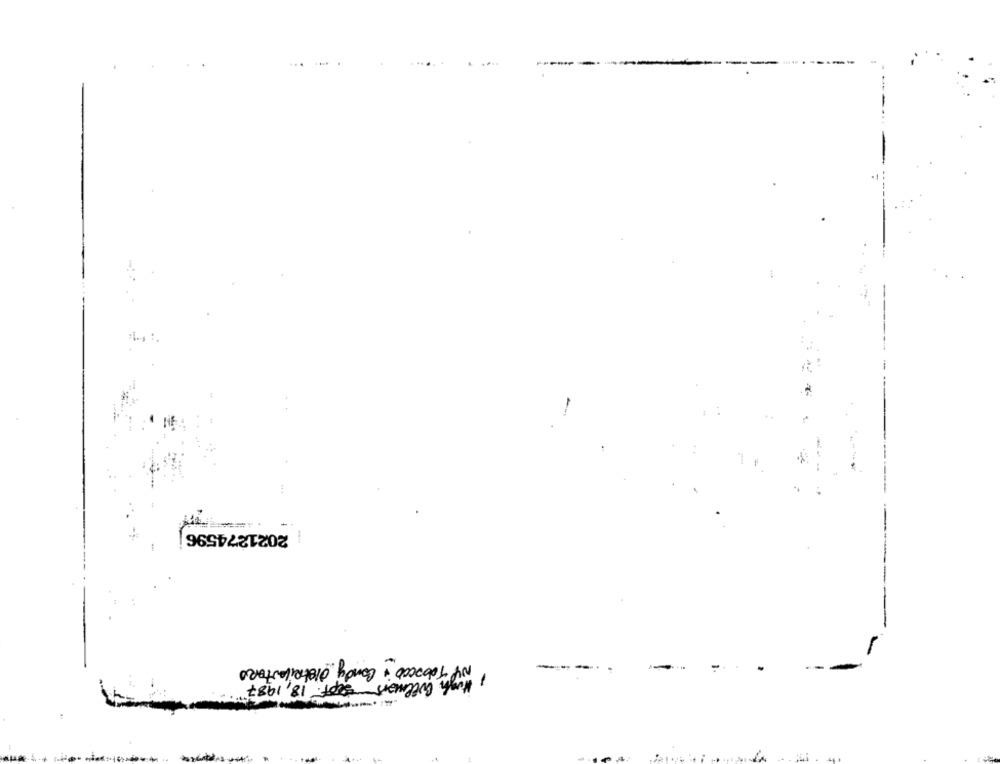
-
-
2021274596
NY Tobacco + Condy distributors
--
-
Hugh Wilmers Sept. 18, 1987